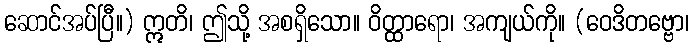
ဆောင်အပ်ပြီ။) ဣတိ၊ ဤသို့ အစရှိသော။ ဝိတ္ထာရော၊ အကျယ်ကို။ (ဝေဒိတဗ္ဗော၊